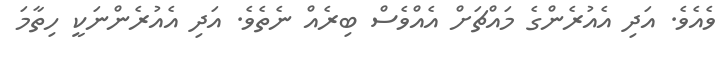
ވެއެވެ. އަދި އެއުރެންގެ މައްޗަށް އެއްވެސް ބިރެއް ނެތެވެ. އަދި އެއުރެންނަކީ ހިތާމަ